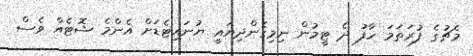
މެޗުގެ ފުރަތަމަ ހާފު ދެ ޓީމުން ނިމިގެންދިޔައީ ޔުނައިޓެޑަށް އެންމެ ޝޮޓެއް ވެސް